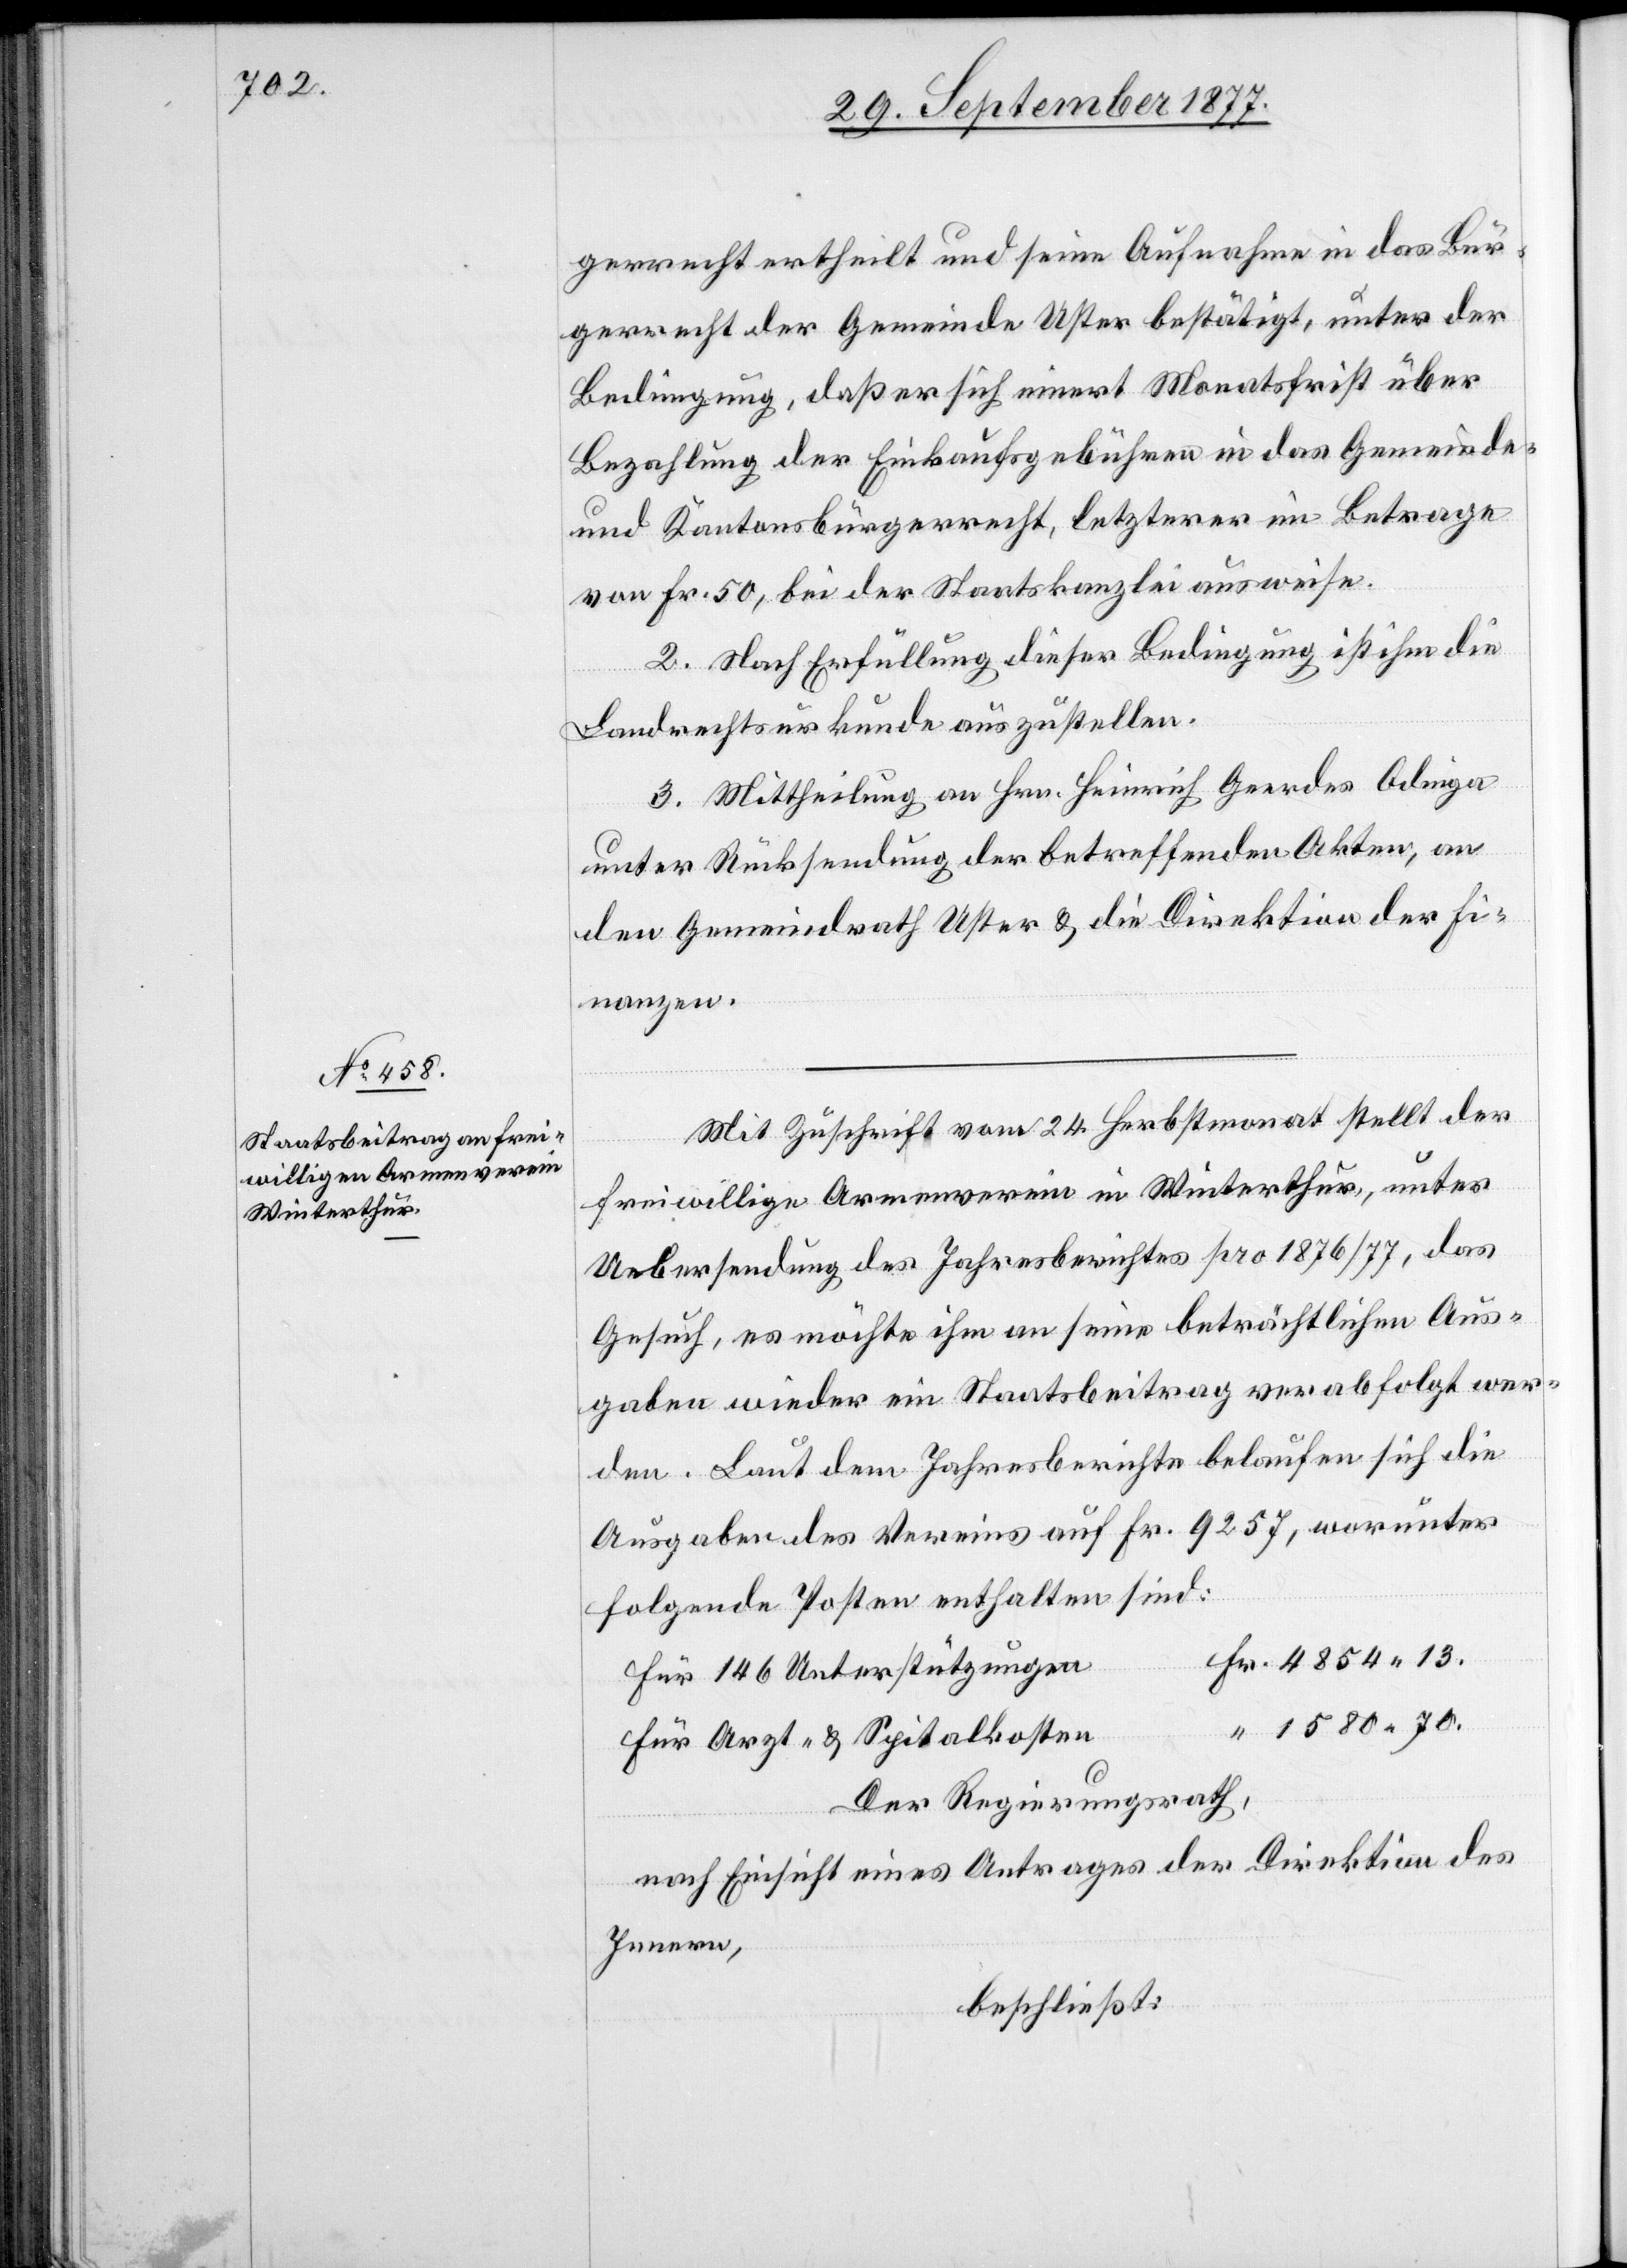
gerrecht ertheilt und seine Aufnahme in das Bür¬
gerrecht der Gemeinde Uster bestätigt, unter der
Bedingung, daß er sich innert Monatsfrist über
Bezahlung der Einkaufsgebühren in das Gemeinde-
und Kantonsbürgerrecht, letzterer im Betrage
von Fr. 50, bei der Staatskanzlei ausweise.
2. Nach Erfüllung dieser Bedingung ist ihm die
Landrechtsurkunde auszustellen.
3. Mittheilung an Hrn. Heinrich Geerdes Odinga
unter Rücksendung der betreffenden Akten, an
den Gemeindrath Uster & die Direktion der Fi¬
nanzen.
Mit Zuschrift vom 24. Herbstmonat stellt der
freiwillige Armenverein in Winterthur, unter
Uebersendung des Jahresberichtes pro 1876/77, das
Gesuch, es möchte ihm an seine beträchtlichen Aus¬
gaben wieder ein Staatsbeitrag verabfolgt wer¬
den. Laut dem Jahresberichte belaufen sich die
Ausgaben des Vereins auf Fr. 9257, worunter
folgende Posten enthalten sind:
Fr. 4854 13.
Für 146 Unterstützungen
“ 1580 70.
Für Arzt- & Spitalkosten
Der Regierungsrath,
nach Einsicht eines Antrages der Direktion des
Innern,
beschließt: